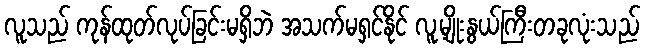
လူသည် ကုန်ထုတ်လုပ်ခြင်းမရှိဘဲ အသက်မရှင်နိုင် လူ့မျိုးနွယ်ကြီးတခုလုံးသည်